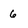
Character: 6